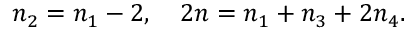
n _ { 2 } = n _ { 1 } - 2 , \quad 2 n = n _ { 1 } + n _ { 3 } + 2 n _ { 4 } .